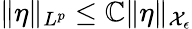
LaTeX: \| \eta\| _{L^{p}}\le\mathbb{C}\| \eta\| _{\mathcal{{X}}_{\epsilon}}